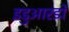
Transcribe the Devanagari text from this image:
इडुआरडो